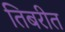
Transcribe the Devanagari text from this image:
तिबरीत